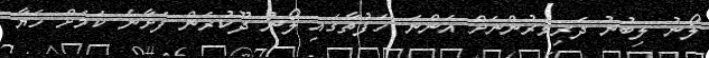
ލޯނު ލިބުނު ދަރިވަރުންނަށް އަންނަ ހަފުތާގައި ލޯނު ދޫކުރަން ފަށާނެ ކަމަށް ހަޔާ